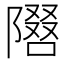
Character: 𫕓